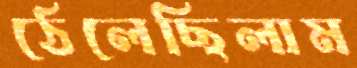
ঠেলেছিলাম